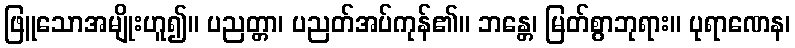
ဖြူသောအမျိုးဟူ၍။ ပညတ္တာ၊ ပညတ်အပ်ကုန်၏။ ဘန္တေ၊ မြတ်စွာဘုရား။ ပုရာဏေန၊